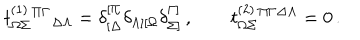
t _ { \Omega \Sigma } ^ { ( 1 ) } { } ^ { \Pi \Gamma } { } _ { \Delta \Lambda } = \delta _ { [ \Delta } ^ { [ \Pi } \delta _ { \Lambda ] [ \Omega } \delta _ { \Sigma ] } ^ { \Gamma ] } \, , \qquad t _ { \Omega \Sigma } ^ { ( 2 ) } { } ^ { \Pi \Gamma \Delta \Lambda } = 0 \, .